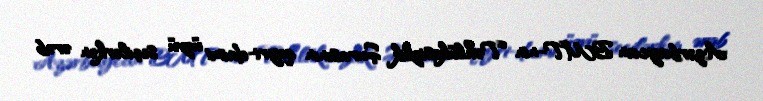
Azərbaycan BMT-nin Təhlükəsizlik Şurasının qeyri-daimi üzvü seçilərkən ərəb